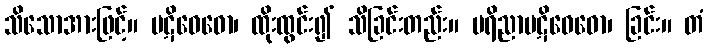
သိသောအားဖြင့်။ ပဋိဝေဓော၊ ထိုးထွင်း၍ သိခြင်းတည်း။ ပရိညာပဋိဝေဓော၊ ခြင်း။ တံ